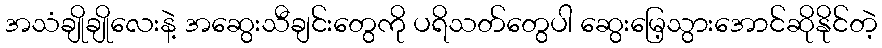
အသံချိုချိုလေးနဲ့ အဆွေးသီချင်းတွေကို ပရိသတ်တွေပါ ဆွေးမြေ့သွားအောင်ဆိုနိုင်တဲ့